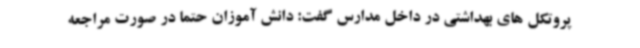
پروتکل های بهداشتی در داخل مدارس گفت: دانش آموزان حتما در صورت مراجعه